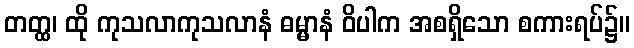
တတ္ထ၊ ထို ကုသလာကုသလာနံ ဓမ္မာနံ ဝိပါက အစရှိသော စကားရပ်၌။